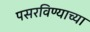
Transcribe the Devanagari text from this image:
पसरविण्याच्या